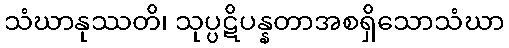
သံဃာနုဿတိ၊ သုပ္ပဋိပန္နတာအစရှိသောသံဃာ